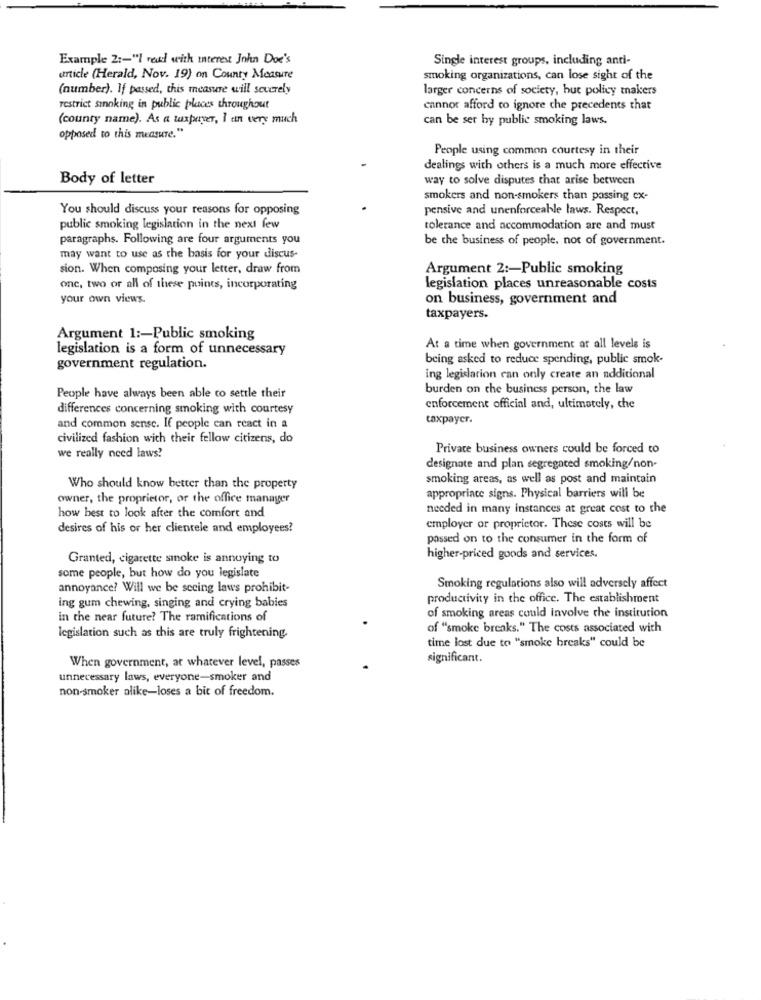
Example 2 :- "I redd with interest John Doe's
Single interest groups, including anti-
article (Herald, Nov. 19) on County Measure
smoking organizations, can lose sight of the
(number). If passed, this measure will severely
larger concerns of society, but policy makers
restrict smoking in public places throughout
cannot afford to ignore che precedents that
(county name). As a taxpayer, I an very much
can be ser by public smoking laws.
opposed to this measure."
People using common courtesy in their
dealings with others is a much more effective
Body of letter
way to solve disputes that arise between
smokers and non-smokers than passing cx-
You should discuss your reasons for opposing
pensive and unenforceable laws. Respect,
public smoking legislation in the next few
tolerance and accommodation are and must
paragraphs. Following are four arguments you
be the business of people, not of government.
may want to use as the basis for your discus-
sion. When composing your letter, draw from
Argument 2 :- Public smoking
one, two or all of these points, incorporating
legislation places unreasonable costs
your own views.
on business, government and
taxpayers.
Argument 1 :- Public smoking
legislation is a form of unnecessary
At a time when government at all levels is
being asked to reduce spending, public smok-
government regulation.
ing legislation can only create an additional
burden on che business person, the law
People have always been able to settle their
differences concerning smoking with courtesy
enforcement official and, ultimately, che
taxpayer.
and common sense. If people can react in a
civilized fashion with their fellow citizens, do
Private business owners could be forced to
we really need laws?
designate and plan segregated smoking/non-
smoking areas, as well as post and maintain
Who should know better than the property
owner, the proprietor, or the office manager
appropriate signs. Physical barriers will be
how best to look after the comfort and
needed in many instances at great cost to the
desires of his or her clientele and employees?
employer or proprietor. These costs will be
possed on to the consumer in the form of
Granted, cigarette smoke is annoying to
higher-priced goods and services.
some people, but how do you legislate
annoyance? Will we be seeing laws prohibit-
Smoking regulations also will adversely affect
productivity in the office. The establishment
ing gum chewing, singing and crying babies
in the near future? The ramifications of
of smoking areas could involve the institution
of "smoke breaks." The costs associated with
legislation such as this are truly frightening.
time lost due to "smoke breaks" could be
When government, at whatever level, passes
significant.
unnecessary laws, everyone-smoker and
non-smoker alike-loses a bit of freedom.